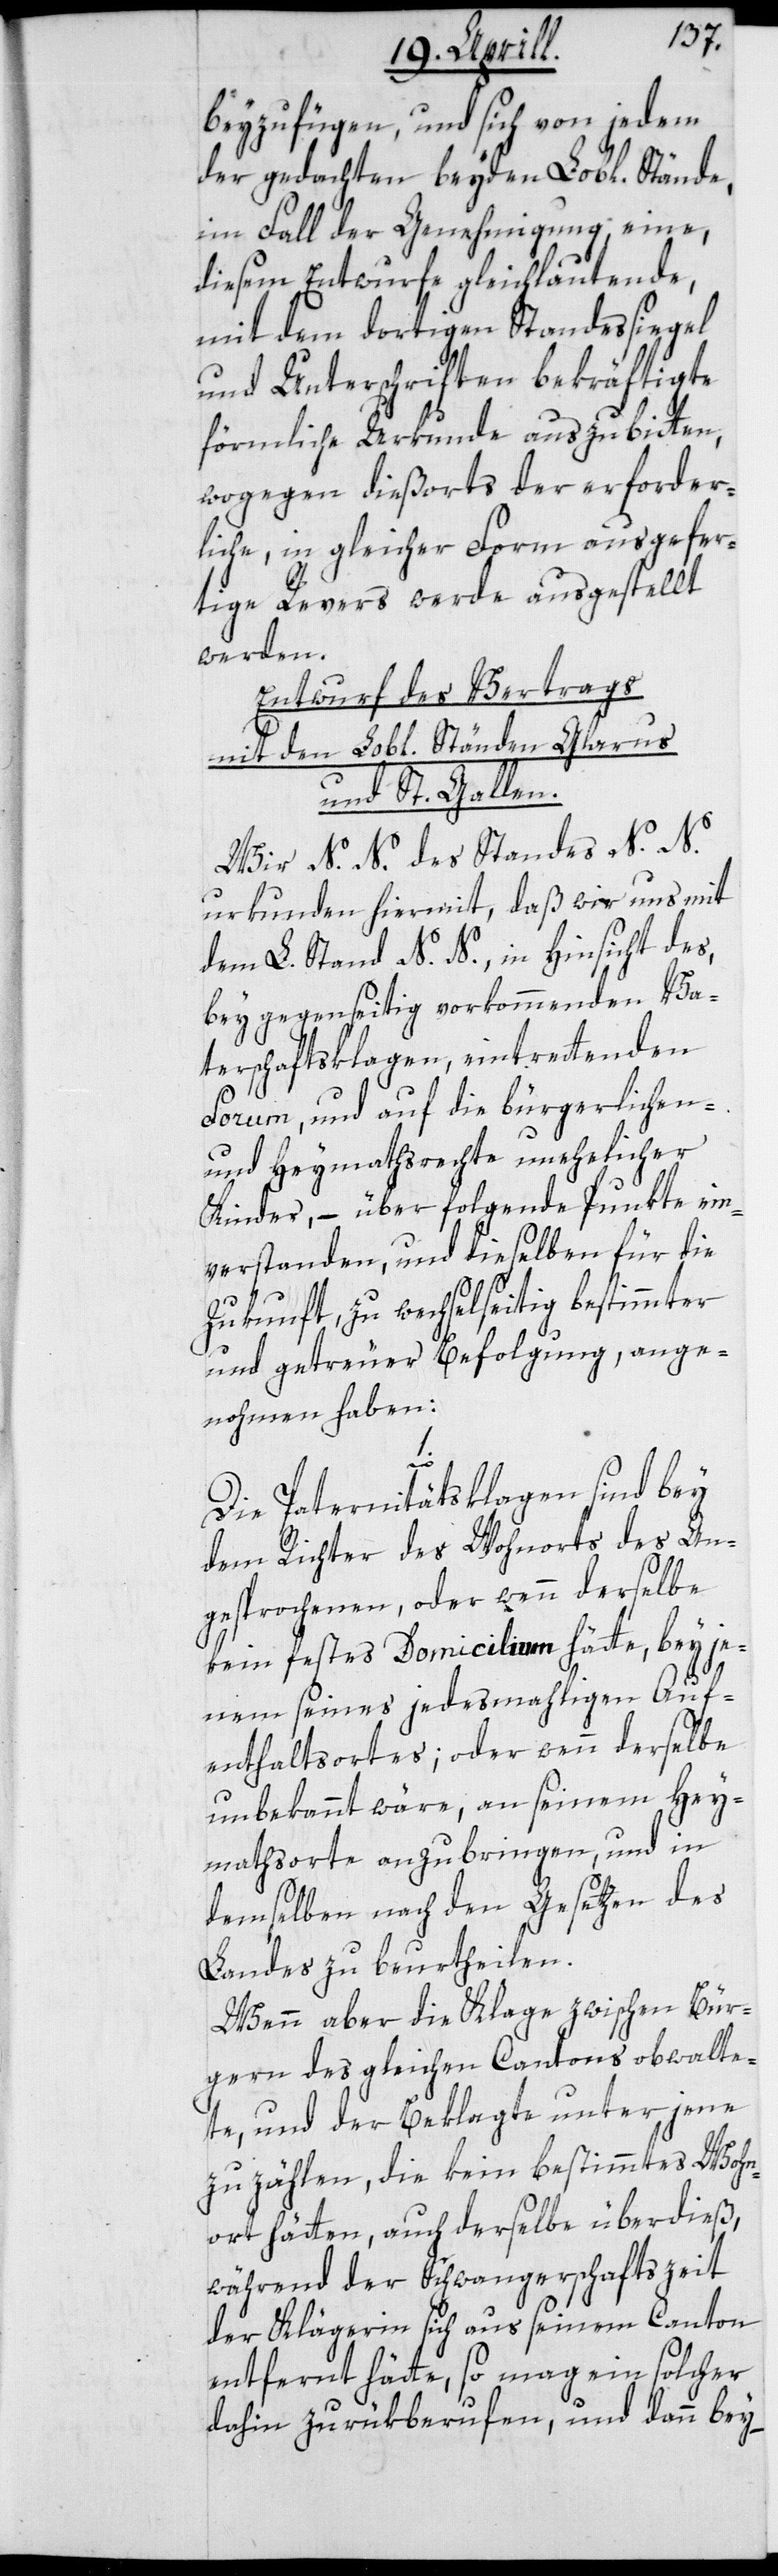
beyzufügen, und sich von jedem
der gedachten beyden Lobl. Stände
im Fall der Genehmigung, eine
diesem Entwurfe gleichlautende,
mit dem dortigen Standessiegel
und Unterschriften bekräftigte
förmliche Urkunde auszubitten,
wogegen dießorts der erforder¬
liche, in gleicher Form ausgefer¬
tige Revers werde ausgestellt
werden.
Entwurf des Vertrags
mit den Lobl. Ständen Glarus
und St. Gallen.
Wir N. N. des Standes N. N.
urkunden hiermit, daß wir uns mit
dem L. Stand N. N., in Hinsicht des,
bey gegenseitig vorkommenden Va¬
terschaftsklagen, eintrettenden
Forum, und auf die bürgerlichen-
und Heymathsrechte unehelicher
Kinder, – über folgende Punkte ein¬
verstanden, und dieselben für die
Zukunft, zu wechselseitig bestimmter
und getreuer Befolgung, ange¬
nohmen haben:
1.
Die Paternitätsklagen sind bey
dem Richter des Wohnorts des An¬
gesprochenen, oder wenn derselbe
kein festes Domicilium hätte, bey je¬
nem seines jedesmahligen Auf¬
enthaltortes; oder wenn derselbe
unbekannt wäre, an seinem Hey¬
mathsorte anzubringen, und in
demselben nach den Gesetzen des
Landes zu beurtheilen.
Wenn aber die Klage zwischen Bür¬
gern des gleichen Cantons obwalte¬
te, und der Beklagte unter jene
zu zählen, die kein bestimmtes Wohn¬
ort hätten, auch derselbe überdieß,
während der Schwangerschaftszeit
der Klägerin sich aus seinem Canton
entfernt hätte, so mag ein solcher
dahin zurücberufen, und dann bey